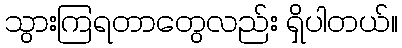
သွားကြရတာတွေလည်း ရှိပါတယ်။